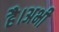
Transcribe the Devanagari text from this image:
है।अभी